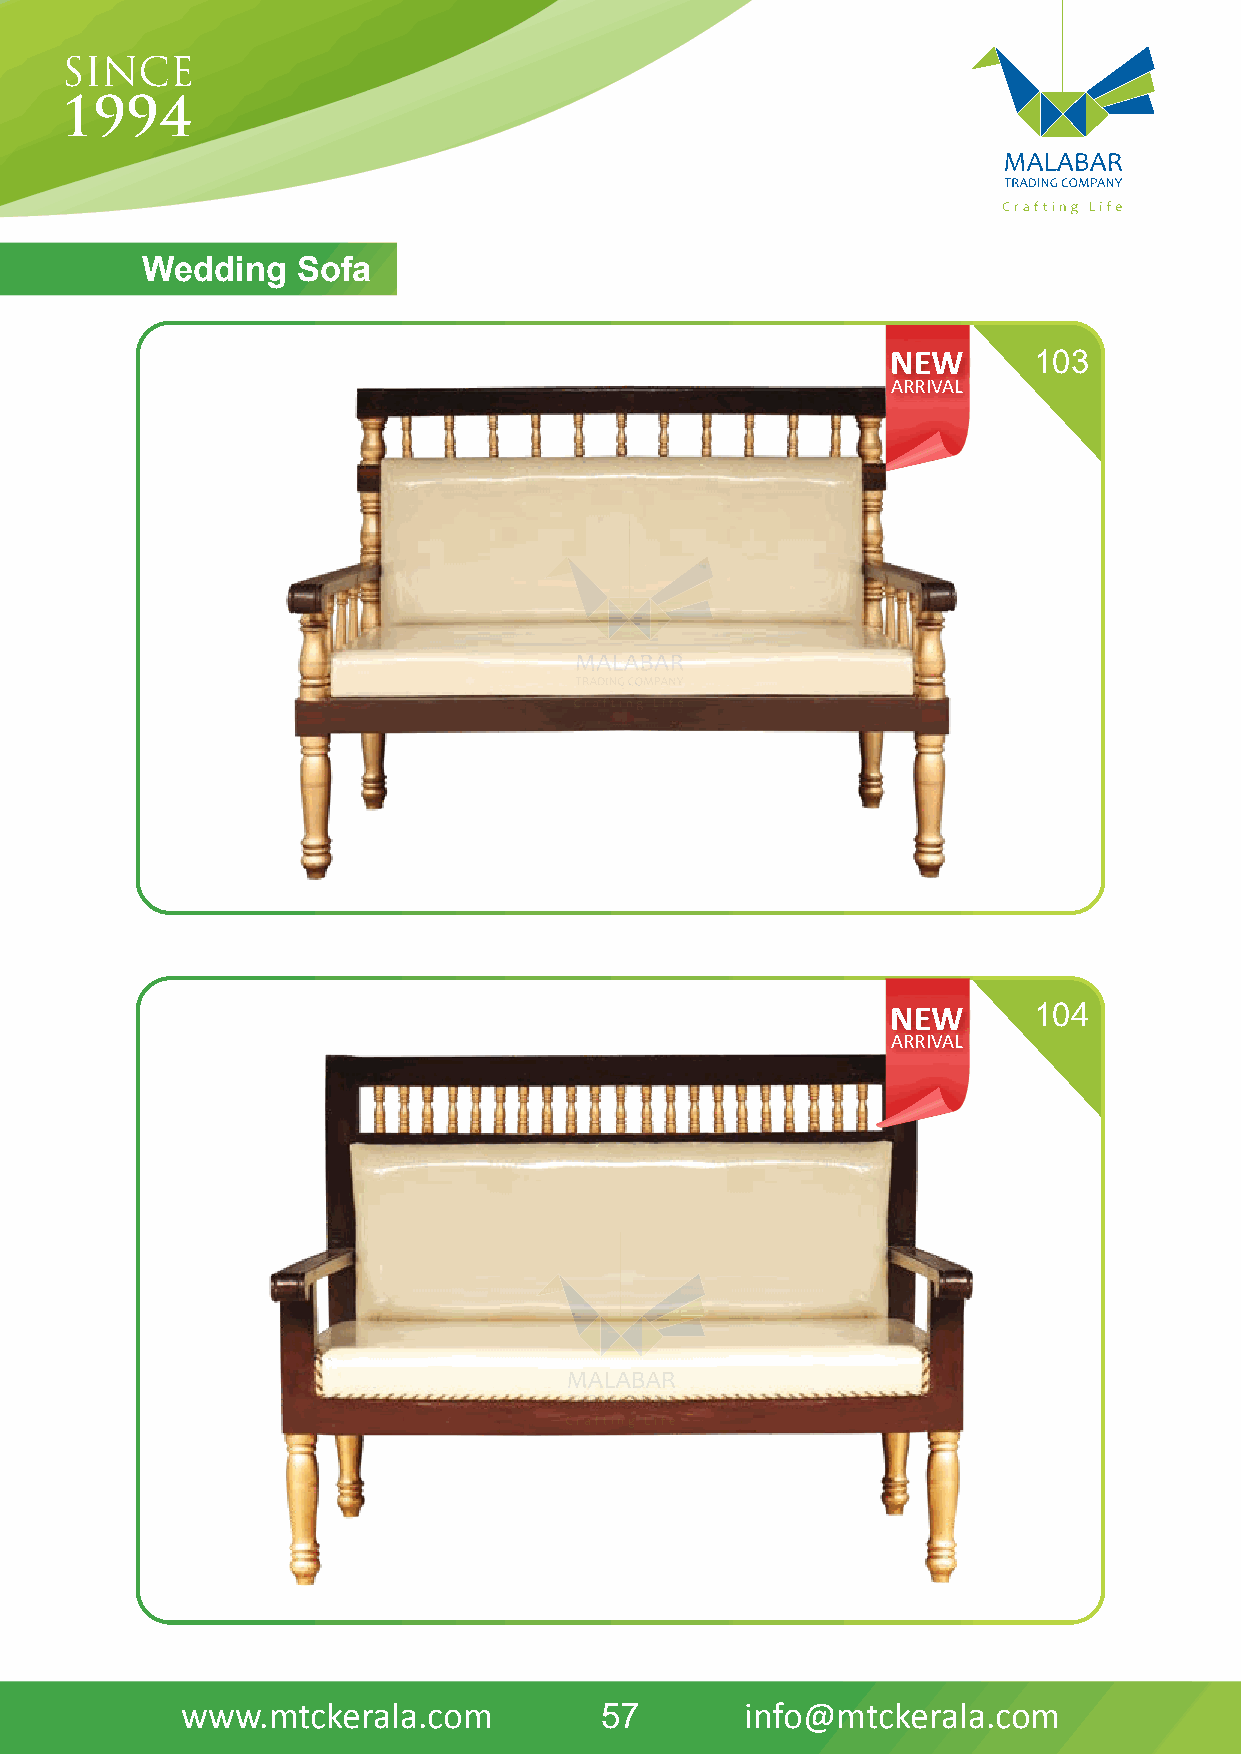
Wedding    Sofa
 NEW      103
 ARRIVAL
 NEW      104
 ARRIVAL
 www.mtckerala.com           57       info@mtckerala.com